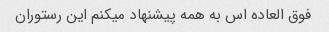
فوق العاده اس به همه پیشنهاد میکنم این رستوران